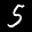
Label: 5